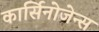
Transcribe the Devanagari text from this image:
कार्सिनोजेन्स